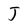
Character: J